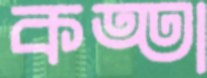
কত্তা